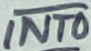
Text: INT0